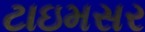
ટાઇમસર